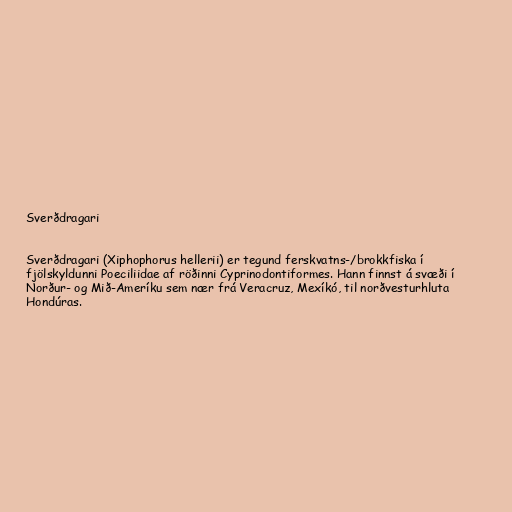
Sverðdragari

Sverðdragari (Xiphophorus hellerii) er tegund ferskvatns-/brokkfiska í
fjölskyldunni Poeciliidae af röðinni Cyprinodontiformes. Hann finnst á svæði í
Norður- og Mið-Ameríku sem nær frá Veracruz, Mexíkó, til norðvesturhluta
Hondúras.